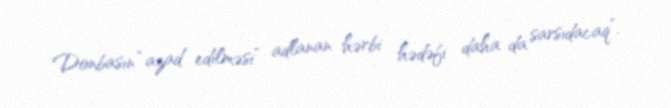
Donbasın “azad edilməsi” adlanan hərbi hədəfi daha da sarsıdacaq”.